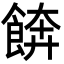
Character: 餴